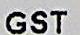
GST